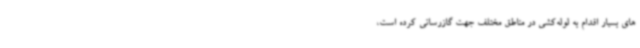
های بسیار اقدام به لوله‌کشی در مناطق مختلف جهت گازرسانی کرده است،